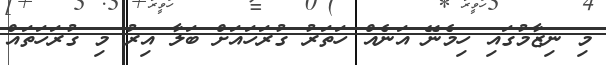
މި ނިޒާމުގައި ހިމެނޭ އަނެއް ހަތަރު ގުރަހައަށް ބަލާ އިރު މި ގުރަހަތައް